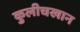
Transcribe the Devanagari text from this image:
कुलीचखान